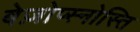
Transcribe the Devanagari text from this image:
बेज़ोप्स्नोस्ति